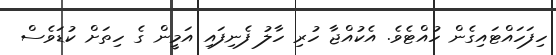
ހިފަހައްޓައިގެން ހުއްޓެވެ. އެކުއްޖާ ހުރި ހާލު ފެނިފައި އަމީން ގެ ހިތަށް ކުޑަވެސް